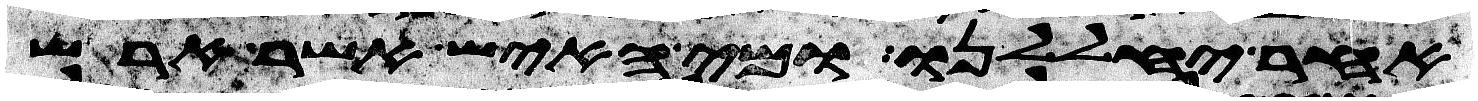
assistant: אחר יחללנו ומי האיש אשר ארש